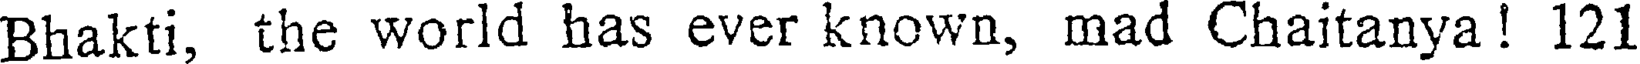
Bhakti, the world has ever known, mad Chaitanya! 121